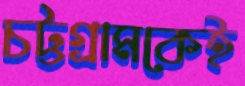
চট্টগ্রামকেই